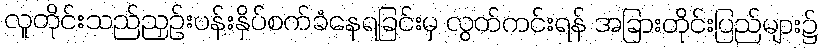
လူတိုင်းသည်ညှဉ်းပန်းနှိပ်စက်ခံနေရခြင်းမှ လွတ်ကင်းရန် အခြားတိုင်းပြည်များ၌